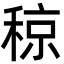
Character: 稤